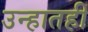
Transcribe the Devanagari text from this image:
उन्हातही